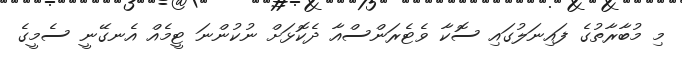
މި މުބާރާތުގެ ފައިނަލުގައި ސޮކާ ވެޓެރަންސްއާ ދެކޮޅަށް ނުކުންނަ ޓީމެއް އެނގޭނީ ސެމީގެ